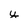
Character: y